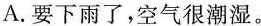
A.要下雨了，空气很潮湿。